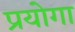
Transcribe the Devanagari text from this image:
प्रयोगा